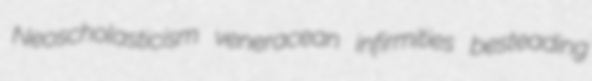
Neoscholasticism veneracean infirmities besteading